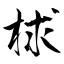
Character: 梂